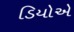
ડિયોએ